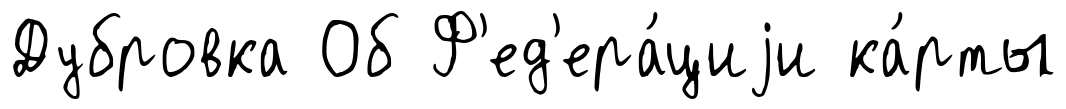
Дубровка Об Ф'ед'ера́циjи ка́рты